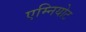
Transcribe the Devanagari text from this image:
एम्नियोट